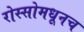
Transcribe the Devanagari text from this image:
रोस्सोमधूनच